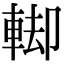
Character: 𨌞